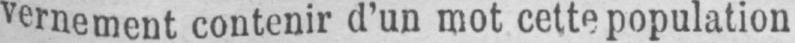
vernement contenir d’un mot cette population